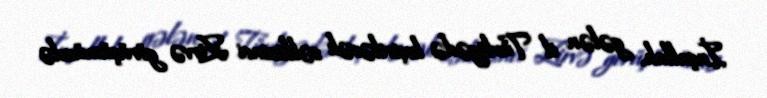
İnşallah, gələn il Türkiyədə keçiriləcək səkkizinci Zirvə görüşümüzdə